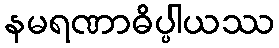
နမရဏာဓိပ္ပါယဿ